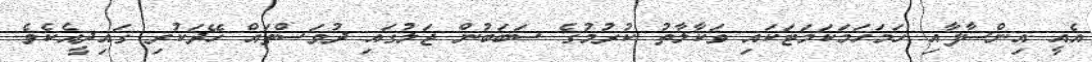
އެއީ އިންސާފާއި ހަމަހަމަކަމަޓަކައި ވަކާލާތު ކުރުމުގެ ސަބަބުން ޖަލުގައި ދުވަސްތައް ހޭދަކުރި ގައިދީއެކެވެ.